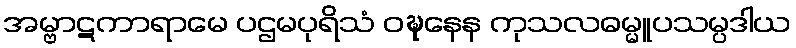
အမ္ဗာဋကာရာမေ ပဌမပုရိသံ ဝဍ္ဎနေန ကုသလဓမ္မူပသမ္ပဒါယ